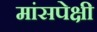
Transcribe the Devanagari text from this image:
मांसपेक्षी